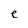
Character: e